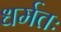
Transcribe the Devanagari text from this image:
धर्मतः